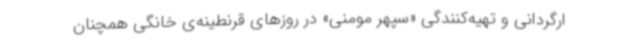
ارگردانی و تهیه‌کنندگی «سپهر مومنی» در روزهای قرنطینه‌ی خانگی همچنان